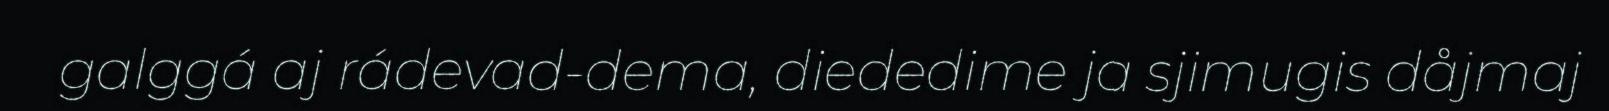
galggá aj rádevad-dema, diededime ja sjimugis dåjmaj